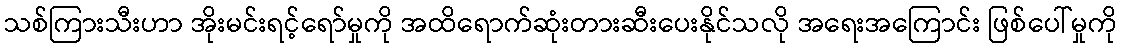
သစ်ကြားသီးဟာ အိုးမင်းရင့်ရော်မှုကို အထိရောက်ဆုံးတားဆီးပေးနိုင်သလို အရေးအကြောင်း ဖြစ်ပေါ်မှုကို